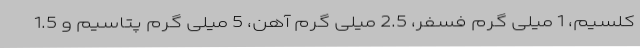
کلسیم، 1 میلی گرم فسفر، 2.5 میلی گرم آهن، 5 میلی گرم پتاسیم و 1.5